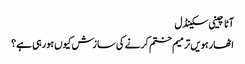
آٹا چینی سکینڈل
اٹھارہویں ترمیم ختم کرنے کی سازش کیوں ہورہی ہے؟